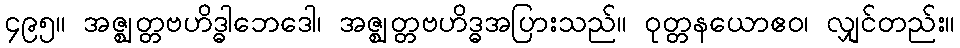
၄၉၅။ အဇ္ဈတ္တဗဟိဒ္ဓါဘေဒေါ၊ အဇ္ဈတ္တဗဟိဒ္ဓအပြားသည်။ ဝုတ္တနယောဧဝ၊ လျှင်တည်း။